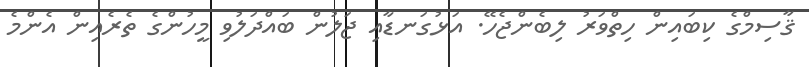
ޤާސިމްގެ ކިބައިން ހިތްވަރު ލިބެންޖެހޭ. އަޅުގަނޑާއި ޖަލުން ބައްދަލުވި މީހުންގެ ތެރެއިން އެންމެ